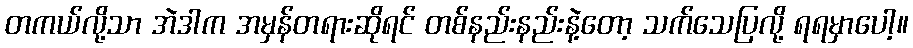
တကယ်လို့သာ အဲဒါက အမှန်တရားဆိုရင် တစ်နည်းနည်းနဲ့တော့ သက်သေပြလို့ ရရမှာပေါ့။